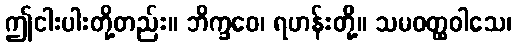
ဤငါးပါးတို့တည်း။ ဘိက္ခဝေ၊ ရဟန်းတို့။ သမဝတ္ထဝါသေ၊